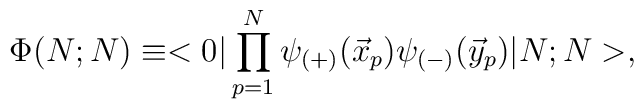
\Phi(N;N) \equiv<0| \prod_{p=1}^N \psi_{(+)}(\vec x_p)\psi_{(-)}(\vec y_p)|N;N>,